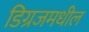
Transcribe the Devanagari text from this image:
डिग्रजमधील